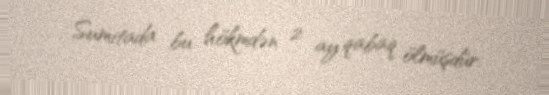
Sumitada bu hökmdən 2 ay qabaq ölmüşdür.